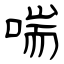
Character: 喘